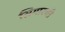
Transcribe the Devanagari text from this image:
सिगारची